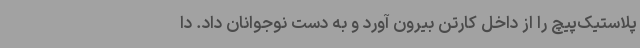
پلاستیک‌پیچ را از داخل کارتن بیرون آورد و به دست نوجوانان داد. دا